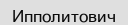
Ипполитович